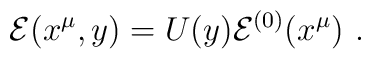
{\cal E}(x^{\mu},y)=U(y){\cal E}^{(0)}(x^{\mu})\ .